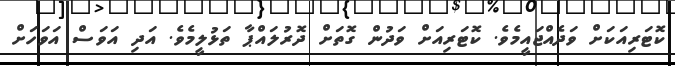
ކޮޓަރިއަކަށް ވަދެއްޖައީމެވެ. ކޮޓަރިއަށް ވަދުން ގޮތަށް ދޮރުލައްޕާ ތަޅުލީމެވެ. އަދި އަވަސް އަވަހަށް